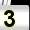
Digit: 3